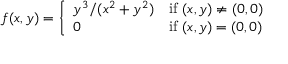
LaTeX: f ( x , y ) = { \left\{ \begin{array} { l l } { y ^ { 3 } / ( x ^ { 2 } + y ^ { 2 } ) } & { { \mathrm { i f ~ } } ( x , y ) \neq ( 0 , 0 ) } \\ { 0 } & { { \mathrm { i f ~ } } ( x , y ) = ( 0 , 0 ) } \end{array} \right. }